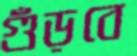
গুঁড়বে